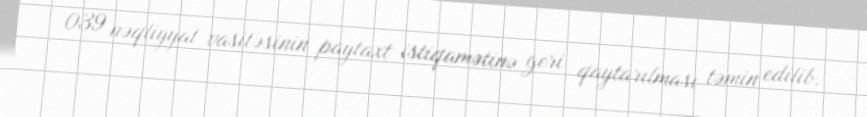
039 nəqliyyat vasitəsinin paytaxt istiqamətinə geri qaytarılması təmin edilib.